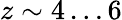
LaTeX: z\sim 4\dots 6